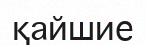
қайшие